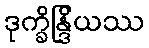
ဒုက္ခိန္ဒြိယဿ